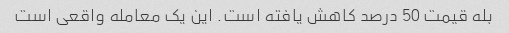
بله قیمت 50 درصد کاهش یافته است. این یک معامله واقعی است